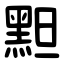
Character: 䵣